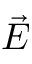
\vec { E }